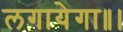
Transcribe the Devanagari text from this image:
लगायेगा॥।